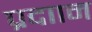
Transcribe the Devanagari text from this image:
प्रदाान